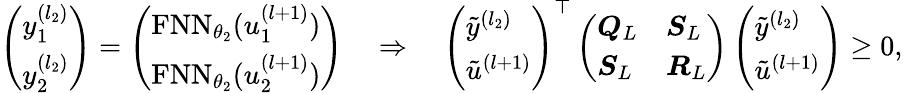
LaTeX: \begin{array}{r}{\left(\begin{array}{l}{y_{1}^{(l_{2})}}\\ {y_{2}^{(l_{2})}}\end{array}\right)=\left(\begin{array}{l}{\mathrm{FNN}_{\theta_{2}}(u_{1}^{(l+1)})}\\ {\mathrm{FNN}_{\theta_{2}}(u_{2}^{(l+1)})}\end{array}\right)\quad\Rightarrow\quad\left(\begin{array}{l}{\tilde{y}^{(l_{2})}}\\ {\tilde{u}^{(l+1)}}\end{array}\right)^{\top}\left(\begin{array}{ll}{\boldsymbol{Q}_{L}}&{\boldsymbol{S}_{L}}\\ {\boldsymbol{S}_{L}}&{\boldsymbol{R}_{L}}\end{array}\right)\left(\begin{array}{l}{\tilde{y}^{(l_{2})}}\\ {\tilde{u}^{(l+1)}}\end{array}\right)\geq 0,}\end{array}